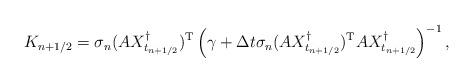
LaTeX: \begin{align*}K_{n+1/2} = \sigma_n (AX_{t_{n+1/2}}^\dagger)^{\rm T} \left( \gamma + \Delta t \sigma_n (AX_{t_{n+1/2}}^\dagger)^{\rm T} AX_{t_{n+1/2}}^\dagger \right)^{-1},\end{align*}